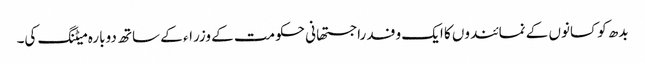
بدھ کو کسانوں کے نمائندوں کا ایک وفد راجستھانی حکومت کے وزراء کے ساتھ دوبارہ میٹنگ کی۔